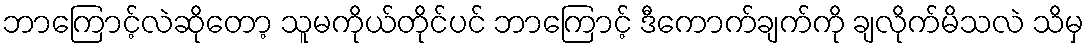
ဘာကြောင့်လဲဆိုတော့ သူမကိုယ်တိုင်ပင် ဘာကြောင့် ဒီကောက်ချက်ကို ချလိုက်မိသလဲ သိမှ